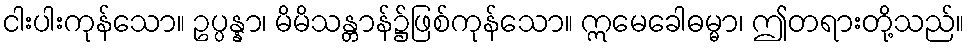
ငါးပါးကုန်သော။ ဥပ္ပန္နာ၊ မိမိသန္တာန်၌ဖြစ်ကုန်သော။ ဣမေခေါဓမ္မာ၊ ဤတရားတို့သည်။